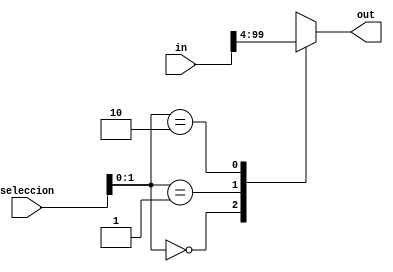
`timescale 1ns / 1ps
//////////////////////////////////////////////////////////////////////////////////
// Company: 
// Engineer: 
// 
// Design Name: 
// Module Name:    MultSelection 
// Project Name: 
// Target Devices: 
// Tool versions: 
// Description: 
//
// Dependencies: 
//
// Revision: 
// Revision 0.01 - File Created
// Additional Comments: 
//
//////////////////////////////////////////////////////////////////////////////////
module MultSelection #(parameter N=100, parameter nBits=32)(
	input [0:N-1] in,
	input [31:0] seleccion,
	output [0:nBits-1] out);
	
	genvar i;
	wire [0:nBits-1]A[N/nBits-1:0];
	
	generate
		for (i=0;i<N/nBits;i=i+1) begin: loop1
			assign A[i]=in[i*nBits+:nBits];
		end
	endgenerate
		
	
	assign out = A[seleccion];


endmodule